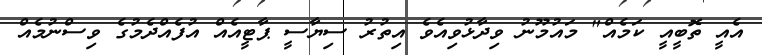
އެއީ ތޮބީއީ ކަމެއް" މައުމޫނު ވިދާޅުވިއެވެ އިތުރު ސިޔާސީ ޕާޓީއެއް އުފެއްދެމުގެ ވިސްނުމެއް